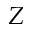
Z